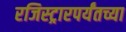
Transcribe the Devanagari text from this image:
रजिस्ट्रारपर्यंतच्या